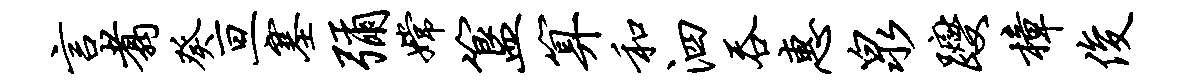
言翥癸亘塞弥嫦簋算和泗吞惠泉躞樟俊